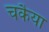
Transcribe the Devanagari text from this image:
चकैया